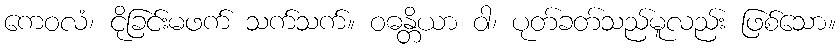
ကေဝလံ၊ ငိုခြင်းမဖက် သက်သက်။ ဝဓန္တိယာ ဝါ၊ ပုတ်ခတ်သည်မူလည်း ဖြစ်သော။